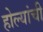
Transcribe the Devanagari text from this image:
होल्यांची